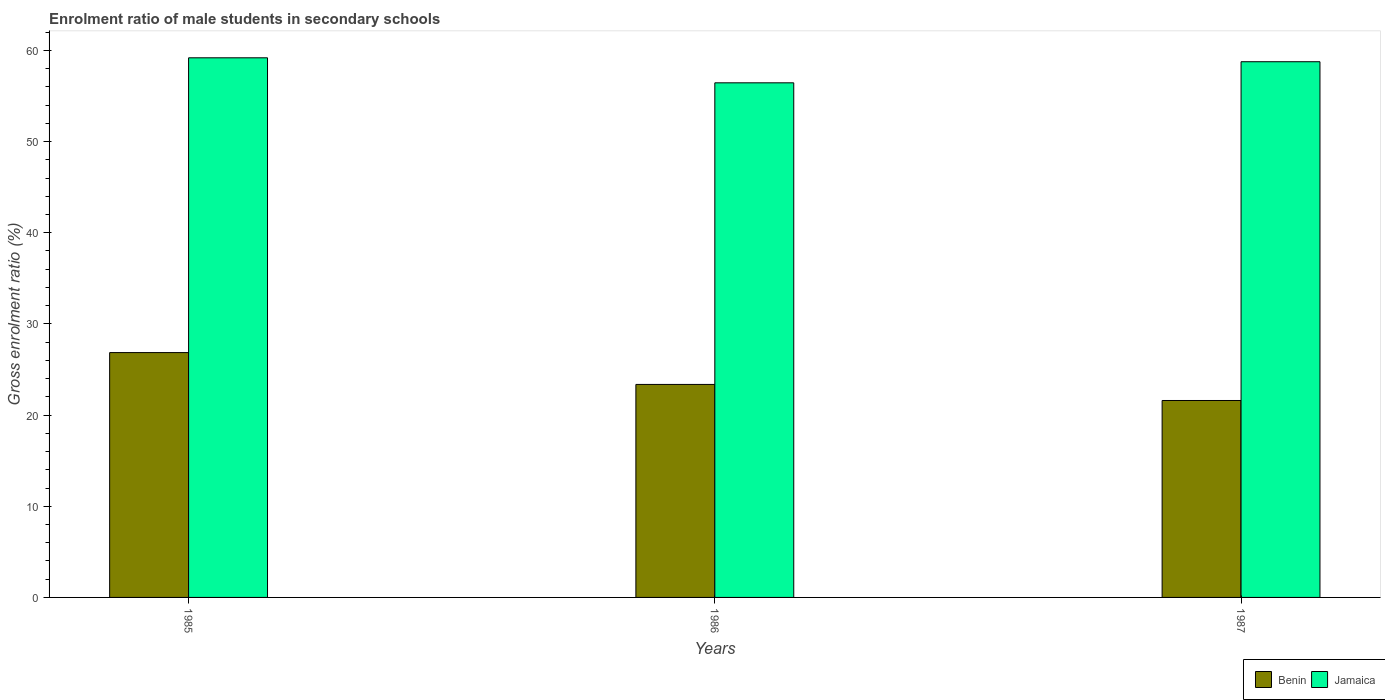
| Years | Benin | Jamaica |
 | --- | --- | --- |
 | 1985 | 26.9 | 59.2 |
 | 1986 | 23.4 | 56.4 |
 | 1987 | 21.6 | 58.8 |